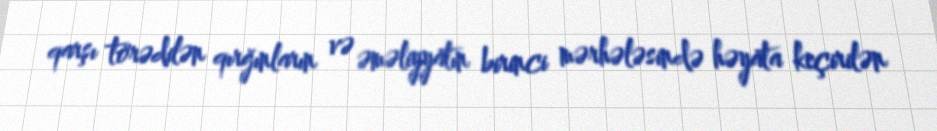
qarşı törədilən qırğınların və əməliyyatın birinci mərhələsində həyata keçirilən